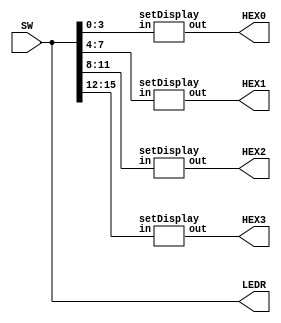
module Lab2_Part1 (SW, LEDR, HEX3, HEX2, HEX1, HEX0);
	input [17:0] SW; // toggle switches
	output [17:0] LEDR;
	output [6:0] HEX0; // 7-seg displays
	output [6:0] HEX1; // 7-seg displays
	output [6:0] HEX2; // 7-seg displays
	output [6:0] HEX3; // 7-seg displays
	
	setDisplay s0 (SW[3:0],HEX0);
	setDisplay s1 (SW[7:4],HEX1);
	setDisplay s2 (SW[11:8],HEX2);
	setDisplay s3 (SW[15:12],HEX3);

	assign LEDR = SW;
endmodule

module setDisplay (in,out);
	input [3:0] in;
	output reg [6:0] out;
	
	always @(in)
		case(in)
			4'b0000: out = 7'b1000000; //0
			4'b0001: out = 7'b1111001; //1
			4'b0010: out = 7'b0100100; //2
			4'b0011: out = 7'b0110000; //3
			4'b0100: out = 7'b0011001; //4
			4'b0101: out = 7'b0010010; //5
			4'b0110: out = 7'b0000010; //6
			4'b0111: out = 7'b1111000; //7
			4'b1000: out = 7'b0000000; //8
			4'b1001: out = 7'b0011000; //9
			default: out = 7'b1111111;
		endcase
		
		//FIX: Assign previous value to HEX display
endmodule